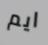
ايم